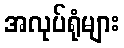
အလုပ်ရုံများ